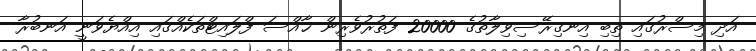
އަދި މިސްރުގައި ތިބި އިނގިރޭސިވިލާތުގެ 20000 ފަތުރުވެރިން ޚާއްސަ ފްލައިޓްތަކެއްގައި އިއްޔެވަނީ އަނބުރާ